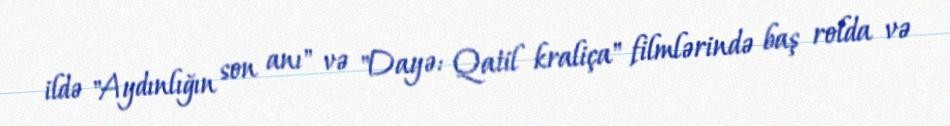
ildə "Aydınlığın son anı" və "Dayə: Qatil kraliça" filmlərində baş rolda və